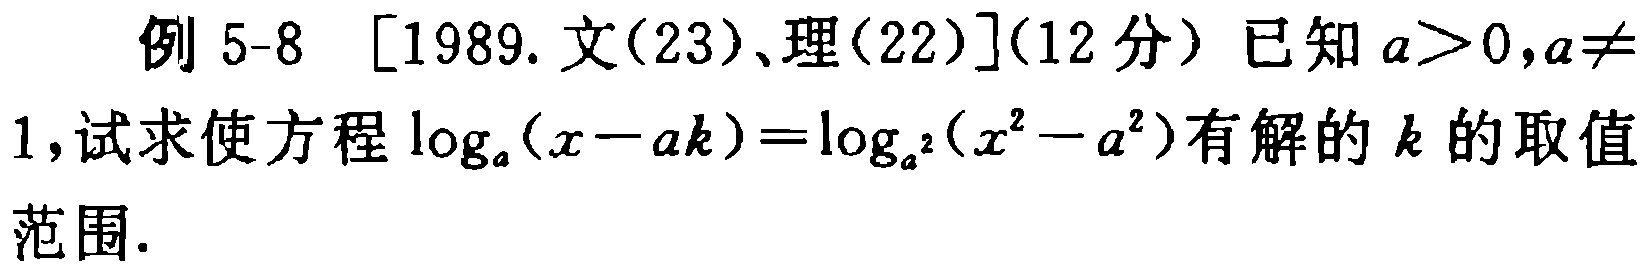
例 5-8 [1989. 文(23)、理(22)](12 分) 已知 \(a > 0,a\neq1\),试求使方程 \(\log_{a}(x - ak)=\log_{a^{2}}(x^{2}-a^{2})\)有解的 \(k\) 的取值范围.